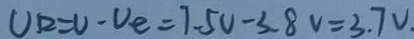
U _ { R } = U - U _ { e } = 7 . 5 V - 3 . 8 V = 3 . 7 V .